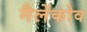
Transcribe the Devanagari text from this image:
मैलेंकोव